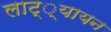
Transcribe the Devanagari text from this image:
लाट््यायन